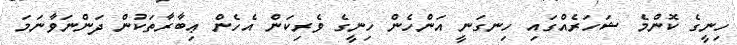
ހިނީގެ ކޮންމެ ޝަހަރެއްގައި ހިނގަނީ އަންހެން ހިނީގެ ވެރިކަން އެހެން ޢިބާރާތަކުން ދަންނަވާނަމަ